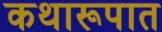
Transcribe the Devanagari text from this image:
कथारूपात